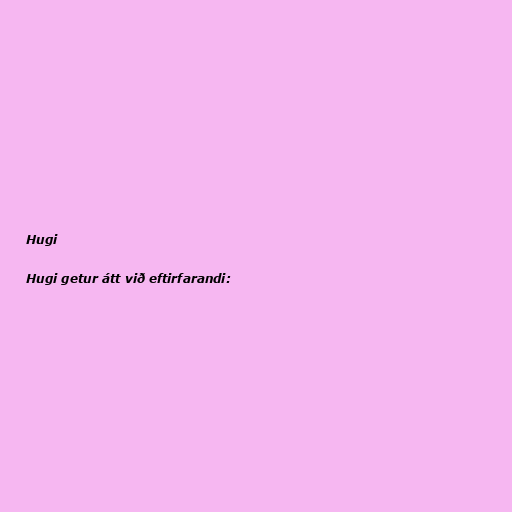
Hugi

Hugi getur átt við eftirfarandi: